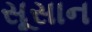
સૂસાન